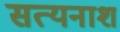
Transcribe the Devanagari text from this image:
सत्यनाश